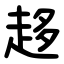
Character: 趍